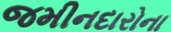
જમીનદારોના